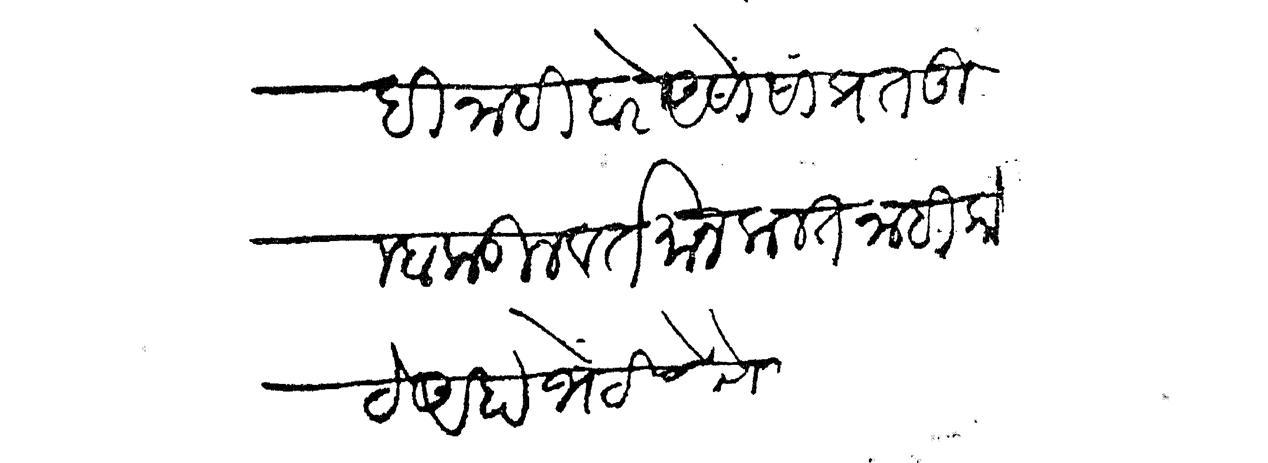
Transliteration (Devanagari): हि नाही वरे असों सांप्रत तुम्हाकडील वर्तमान कलत नाही कोठे आहा भेटीस येणे